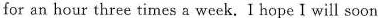
for an hour three times a week. I hope I will soon